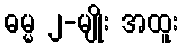
ဓမ္မ ၂-မျိုး အထူး